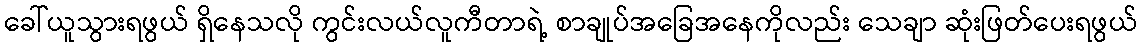
ခေါ်ယူသွားရဖွယ် ရှိနေသလို ကွင်းလယ်လူကီတာရဲ့ စာချုပ်အခြေအနေကိုလည်း သေချာ ဆုံးဖြတ်ပေးရဖွယ်